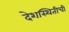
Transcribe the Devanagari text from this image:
देशस्थितीची